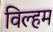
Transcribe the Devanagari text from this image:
विल्हम